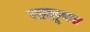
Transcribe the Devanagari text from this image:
जळूवर